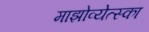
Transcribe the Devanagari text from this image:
माझोव्येत्स्का